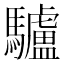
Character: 驢